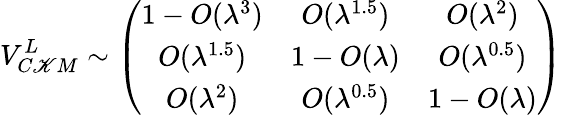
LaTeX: V_{C\mathscr{K}M}^{L}\sim\left(\begin{array}{ccc}{{1-O(\lambda^{3})}}&{{O(\lambda^{1.5})}}&{{O(\lambda^{2})}}\\ {{O(\lambda^{1.5})}}&{{1-O(\lambda)}}&{{O(\lambda^{0.5})}}\\ {{O(\lambda^{2})}}&{{O(\lambda^{0.5})}}&{{1-O(\lambda)}}\end{array}\right)